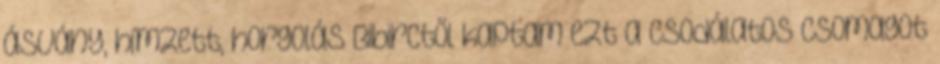
ásvány, hímzett, horgolás Bibirctől kaptam ezt a csodálatos csomagot